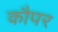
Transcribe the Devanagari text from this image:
कौपर